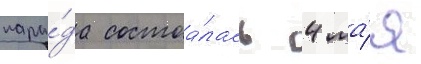
пара́да состоа́лась 4 ма́я